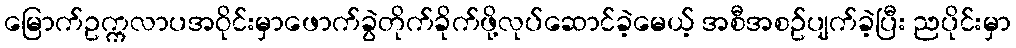
မြောက်ဥက္ကလာပအဝိုင်းမှာဖောက်ခွဲတိုက်ခိုက်ဖို့လုပ်ဆောင်ခဲ့မေယ့် အစီအစဥ်ပျက်ခဲ့ပြီး ညပိုင်းမှာ